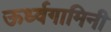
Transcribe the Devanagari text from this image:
ऊर्ध्वगामिनी